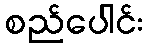
စည်ပေါင်း